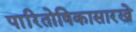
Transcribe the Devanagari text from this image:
पारितोषिकासारखे